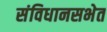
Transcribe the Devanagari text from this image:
संविधानसभेत